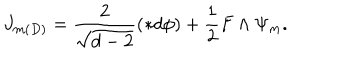
LaTeX: J _ { m ( D ) } = \frac { 2 } { \sqrt { d - 2 } } ( \ast d \phi ) + \frac { 1 } { 2 } F \wedge \Psi _ { m } .